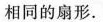
相同的扇形。